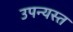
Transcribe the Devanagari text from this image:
उपन्यस्त